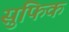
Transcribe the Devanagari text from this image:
सुफिक